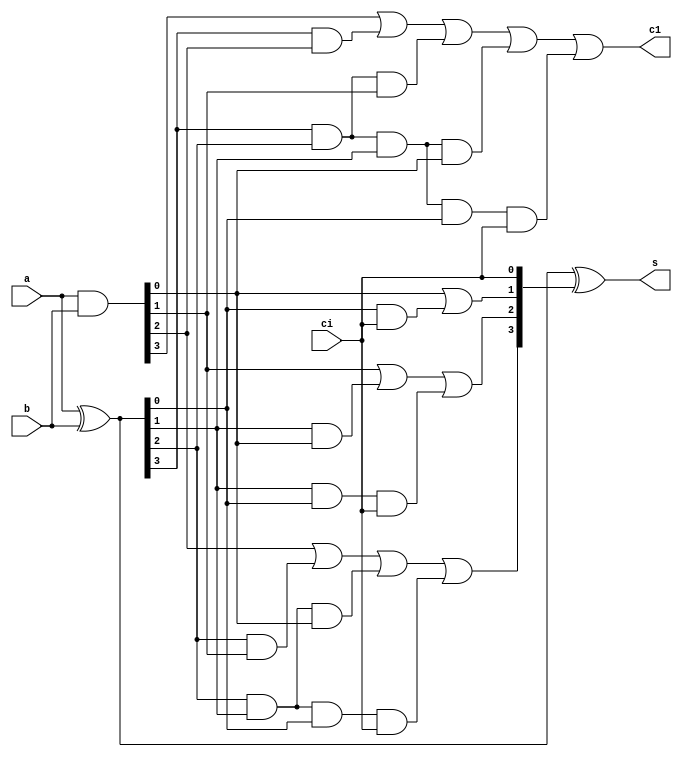
`timescale 1ns / 1ps
//////////////////////////////////////////////////////////////////////////////////
// Company: 
// Engineer: 
// 
// Design Name: 
// Module Name:    sixteen_lac 
// Project Name: 
// Target Devices: 
// Tool versions: 
// Description: 
//
// Dependencies: 
//
// Revision: 
// Revision 0.01 - File Created
// Additional Comments: 
//
//////////////////////////////////////////////////////////////////////////////////
module four_lac(a,b,ci,s,c1);
input [3:0]a,b;
input ci;
output [3:0]s;
output c1;
wire [3:0]G,P,C;
wire [3:0]w;
//and(G,a,b);
//xor(P,a,b);
assign G=a&b;
assign P=a^b;
assign C[0]=ci;
/*
and(w[0],P[0],C[0]);
or(C[1],w[0],G[0]);
and(w[1],P[1],C[1]);
or(C[2],w[1],G[1]);
and(w[2],P[2],C[2]);
or(C[3],w[2],G[2]);
and(w[3],P[3],C[3]);
or(c1,w[3],G[3]);
//xor(s,P,C);*/
assign C[1]=G[0] | ( P[0] & ci );
assign C[2] = G[1] | ( P[1] & G[0] ) | ( P[1] & P[0] & ci );
assign C[3] = G[2] | ( P[2] & G[1] ) | ( P[2] & P[1] & G[0] ) | ( P[2] & P[1] & P[0] & ci );
assign c1=  G[3] | ( P[3] & G[2] ) | ( P[3] & P[2] & G[1] ) | ( P[3] & P[2] & P[1] & G[0] ) | ( P[3] & P[2] & P[1] & P[0] & ci );
assign s=P^C;
endmodule

module sixteen_lac(a,b,ci,s,c1);
input [15:0]a,b;
input ci;
output [15:0]s;
output c1;
wire [2:0]c;
four_lac g1(a[3:0],b[3:0],ci,s[3:0],c[0]);
four_lac g2(a[7:4],b[7:4],c[0],s[7:4],c[1]);
four_lac g3(a[11:8],b[11:8],c[1],s[11:8],c[2]);
four_lac g4(a[15:12],b[15:12],c[2],s[15:12],c1);
endmodule